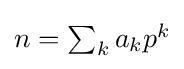
{\textstyle n=\sum _{k}a_{k}p^{k}}